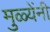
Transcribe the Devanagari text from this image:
मुळ्येंनी